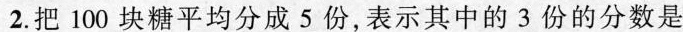
2.把100块糖平均分成5份，表示其中的3份的分数是